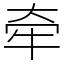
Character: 牵